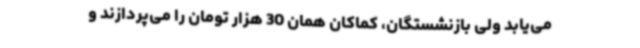
می‌یابد ولی بازنشستگان، کماکان همان 30 هزار تومان را می‌پردازند و